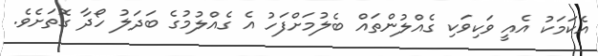
އެކަމަކު އެއީ ވަކިވަކި ގެއްލުންތައް ބެލުމަށްފަހު އެ ގެއްލުމުގެ ބަދަލު ހޯދާ ގޮތަށެވެ.